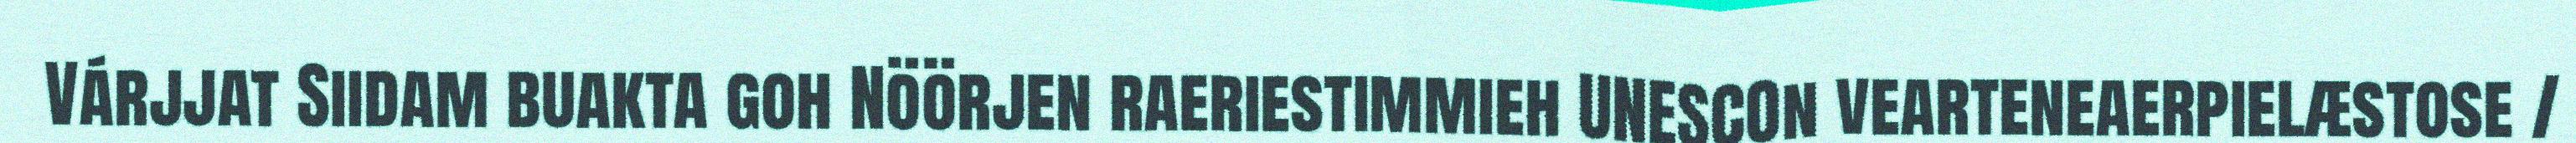
Várjjat Siidam buakta goh Nöörjen raeriestimmieh UNESCOn vearteneaerpielæstose /